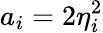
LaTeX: a_{i}=2\eta_{i}^{2}